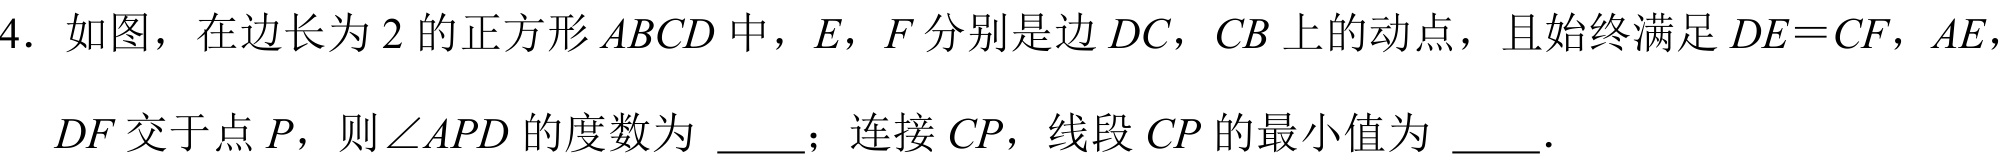
4. 如图，在边长为 \(2\) 的正方形 \(ABCD\) 中，\(E\)，\(F\) 分别是边 \(DC\)，\(CB\) 上的动点，且始终满足 \(DE = CF\)，\(AE\)，
\(DF\) 交于点 \(P\)，则\(\angle APD\) 的度数为 \_\_\_；连接 \(CP\)，线段 \(CP\) 的最小值为 \_\_\_.